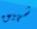
شهيق